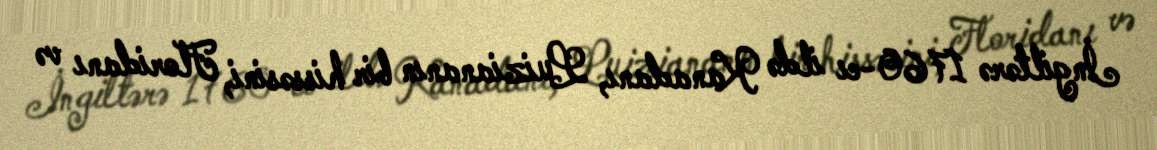
İngiltərə 1760-cı ildə Kanadanı, Luiziananın bir hissəsini, Floridanı və